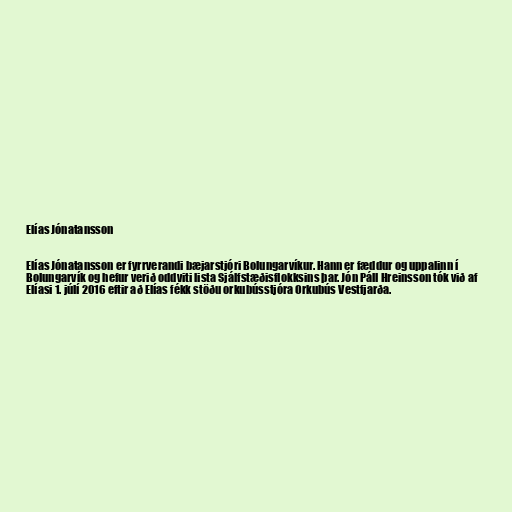
Elías Jónatansson

Elías Jónatansson er fyrrverandi bæjarstjóri Bolungarvíkur. Hann er fæddur og uppalinn í
Bolungarvík og hefur verið oddviti lista Sjálfstæðisflokksins þar. Jón Páll Hreinsson tók við af
Elíasi 1. júlí 2016 eftir að Elías fékk stöðu orkubússtjóra Orkubús Vestfjarða.